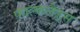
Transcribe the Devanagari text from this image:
फाल्कलैंड्स